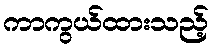
ကာကွယ်ထားသည့်